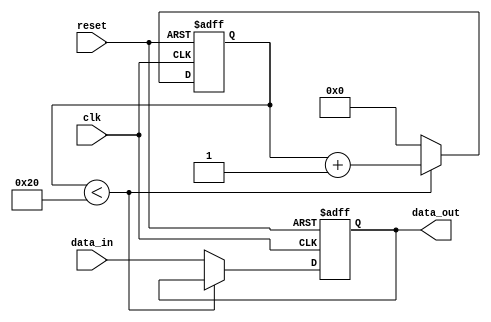
module latch_delay (
    input wire clk,     // Clock input
    input wire reset,   // Reset input
    input wire data_in, // Input data signal
    output reg data_out // Output data signal
);

reg [31:0] delay_counter; // Counter for introducing delay

always @(posedge clk or posedge reset) begin
    if (reset) begin
        delay_counter <= 0;
        data_out <= 1'b0;
    end else begin
        if (delay_counter < 32) begin
            delay_counter <= delay_counter + 1;
        end else begin
            delay_counter <= 0;
            data_out <= data_in;
        end
    end
end

endmodule